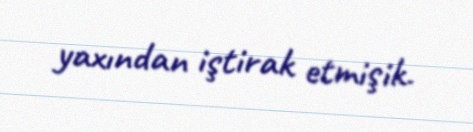
yaxından iştirak etmişik.